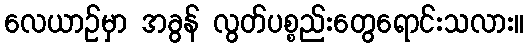
လေယာဉ်မှာ အခွန် လွတ်ပစ္စည်းတွေရောင်းသလား။